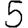
Digit: 5